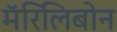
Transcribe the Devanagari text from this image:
मॅरिलिबोन